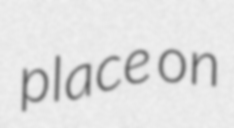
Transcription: place on